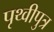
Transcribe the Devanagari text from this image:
पृथ्वीपुत्र